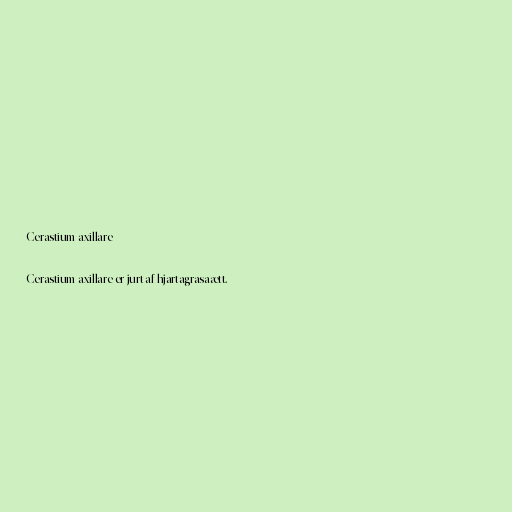
Cerastium axillare

Cerastium axillare er jurt af hjartagrasaætt.